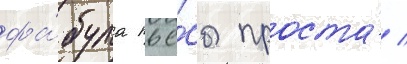
фа́була пье́сы проста́ /